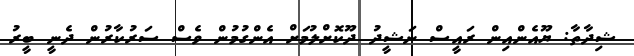
ޝިދާތާ: ޔޫއެންއިން ރައީސް ނަޝީދު ދޫކޮށްލުމަށް އެންގުމުން ވެސް ސަރުކާރުން ދެނީ ބީރު